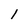
Character: 1